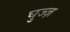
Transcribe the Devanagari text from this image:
घुज्ज़